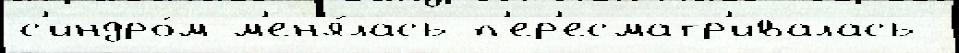
с'индро́м м'ен'я́лась п'ер'есматр'ивалась